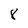
Character: 8